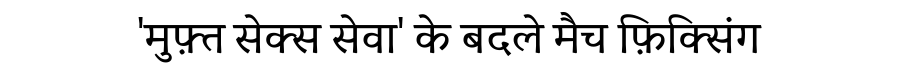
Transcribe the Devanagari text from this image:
'मुफ़्त सेक्स सेवा' के बदले मैच फ़िक्सिंग